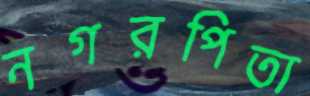
নগরপিতা